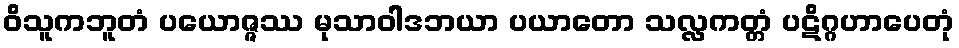
ဝိသူကဘူတံ ပယောဇ္ဇဿ မုသာဝါဒဘယာ ပယာတော သလ္လကတ္တံ ပဋိဂ္ဂဟာပေတုံ